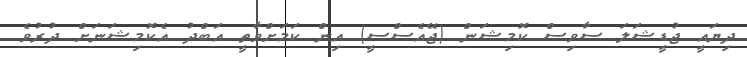
ދިޔައީ ޖުޑީޝަލަ ސާވިސް ކޮމިޝަން (ޖޭއެސްސީ) އިން ކަމަށްވާތީ އަބްދު އެކޮމިޝަނަށް ދުރުވެ